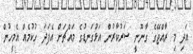
އަދި މި ރާއްޖޭގެ ގާނޫނީ ސަރުކާރުން އަޅުގަނޑުގެ މައްޗަށް އެފަދަ ހުކުމެއް އެމީހުން